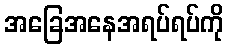
အခြေအနေအရပ်ရပ်ကို